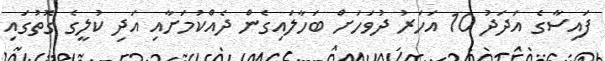
ފައިސާގެ އަދަދު 10 އަހަރު ދުވަހަށް ބަހާލައިގެން ދެއްކުމަށާއި އަދި ކުލީގެ ގޮތުގައި